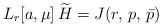
\begin{align*}L_r[a,\mu] \, \widetilde{H} = J(r,\,p,\,\bar{p})\end{align*}